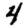
Digit: 4